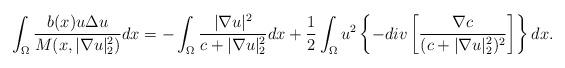
LaTeX: \begin{align*}\int_{\Omega}\frac{b(x)u\Delta u}{M(x,|\nabla u|_{2}^{2})}dx=-\int_{\Omega}\frac{|\nabla u|^{2}}{c+|\nabla u|_{2}^{2}}dx+\frac{1}{2}\int_{\Omega}u^{2}\left\{-div\left[\frac{\nabla c}{(c+|\nabla u|_{2}^{2})^{2}}\right]\right\}dx.\end{align*}